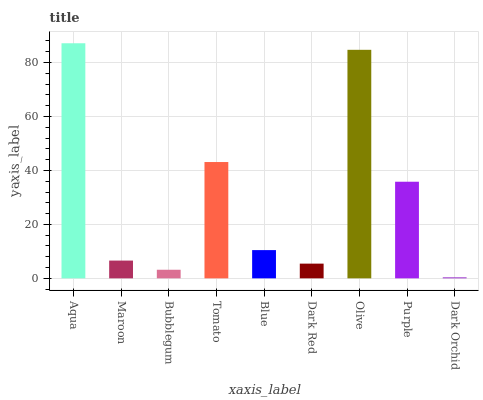
| xaxis_label | bars |
 | --- | --- |
 | Aqua | 87.2 |
 | Maroon | 6.59 |
 | Bubblegum | 3.18 |
 | Tomato | 43.1 |
 | Blue | 10.5 |
 | Dark Red | 5.46 |
 | Olive | 84.7 |
 | Purple | 35.8 |
 | Dark Orchid | 0.371 |